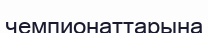
чемпионаттарына